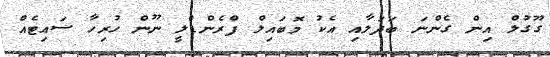
ގޫގުލް އިން ގެންނަ ބަދަލާއި އެކު މޮބައިލް ފްރެންޑްލީ ނޫން ހުރިހާ ސައިޓެއް